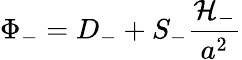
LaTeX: \Phi_{-}=D_{-}+S_{-}\frac{\cal{H}_{-}}{a^{2}}